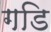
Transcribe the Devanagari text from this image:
गडि